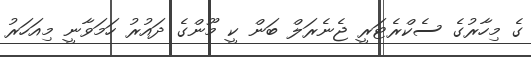
ގެ މިހާރުގެ ސެކްރެޓަރީ ޖެނެރަލް ބަން ކީ މޫންގެ ދައުރު ހަމަވާނީ މިއަހަރު